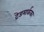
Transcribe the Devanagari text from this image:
ट्रेडमार्कका